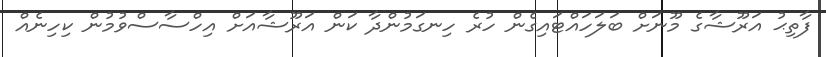
ފާތިޙު އަރޫޝާގެ މޫނަށް ބަލަހައްޓައިގެން ހުރެ ހިނގަމުންދާ ކަން އަރޫޝާއަށް އިހްސާސްވުމުން ކިހިނެއް